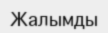
Жалымды